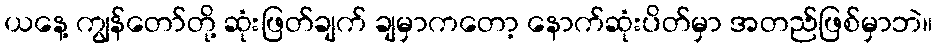
ယနေ့ ကျွန်တော်တို့ ဆုံးဖြတ်ချက် ချမှာကတော့ နောက်ဆုံးပိတ်မှာ အတည်ဖြစ်မှာဘဲ။